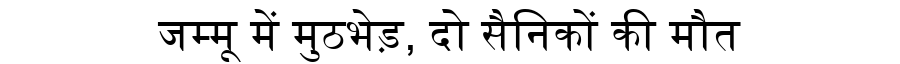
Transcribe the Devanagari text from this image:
जम्मू में मुठभेड़, दो सैनिकों की मौत